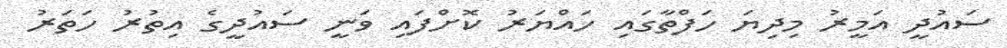
ސައުދީ އަމީރު މިދިޔަ ހަފްތާގައި ހައްޔަރު ކޮށްފައި ވަނީ ސައުދީގެ އިތުރު ހަތަރު